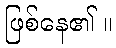
ဖြစ်နေ၏ ။